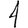
Digit: 1